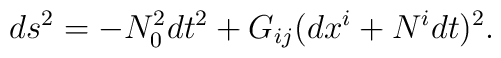
ds^2 = - N_0^2 dt^2 + G_{ij} (dx^i + N^i dt)^2.